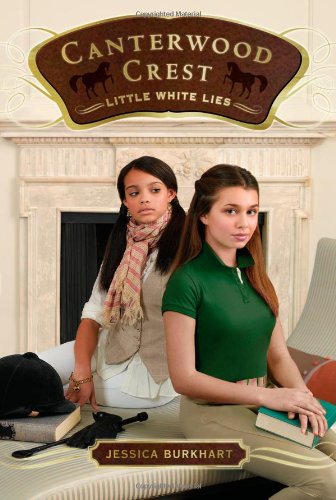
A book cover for Little White Lies (Canterwood Crest); Jessica Burkhart; Children's Books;